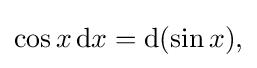
\cos x\,{\text{d}}x={\text{d}}(\sin x),\,\!